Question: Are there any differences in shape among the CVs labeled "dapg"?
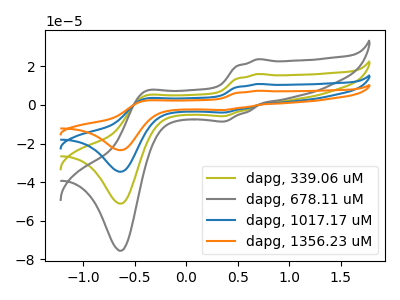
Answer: <think>The olive curve "dapg, 339.06 uM" has anodic peaks at (0.70V, 16.05uA) (-0.40V, 4.65uA) and cathodic peaks at (0.35V, -5.80uA) (-0.65V, -51.15uA). The gray curve "dapg, 678.11 uM" has anodic peaks at (0.70V, 23.65uA) (-0.40V, 6.90uA) and cathodic peaks at (0.35V, -8.60uA) (-0.65V, -75.55uA). The blue curve "dapg, 1017.17 uM" has anodic peaks at (0.70V, 32.05uA) (-0.40V, 9.30uA) and cathodic peaks at (0.35V, -11.65uA) (-0.65V, -102.25uA). The orange curve "dapg, 1356.23 uM" has anodic peaks at (0.70V, 48.10uA) (-0.40V, 13.95uA) and cathodic peaks at (0.35V, -17.45uA) (-0.65V, -153.40uA).
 All the peaks in "dapg, 339.06 uM" have a peak in "dapg, 678.11 uM" at the same potential. Every peak in "dapg, 339.06 uM" is lower than every peak in "dapg, 678.11 uM". All the peaks in "dapg, 339.06 uM" have a peak in "dapg, 1017.17 uM" at the same potential. Every peak in "dapg, 339.06 uM" is lower than every peak in "dapg, 1017.17 uM". All the peaks in "dapg, 339.06 uM" have a peak in "dapg, 1356.23 uM" at the same potential. Every peak in "dapg, 339.06 uM" is lower than every peak in "dapg, 1356.23 uM". All the peaks in "dapg, 678.11 uM" have a peak in "dapg, 1017.17 uM" at the same potential. Every peak in "dapg, 678.11 uM" is lower than every peak in "dapg, 1017.17 uM". All the peaks in "dapg, 678.11 uM" have a peak in "dapg, 1356.23 uM" at the same potential. Every peak in "dapg, 678.11 uM" is lower than every peak in "dapg, 1356.23 uM". All the peaks in "dapg, 1017.17 uM" have a peak in "dapg, 1356.23 uM" at the same potential. Every peak in "dapg, 1017.17 uM" is lower than every peak in "dapg, 1356.23 uM".</think>
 <answer>All the CV's of "dapg" have similar shape.</answer>
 <eval>follow_rule</eval>